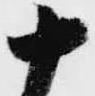
十